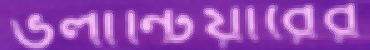
ভলান্টিয়ারের